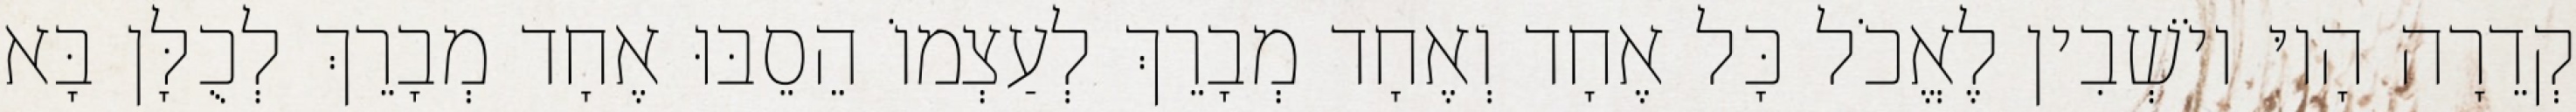
קְדֵרָה הָיוּ יוֹשְׁבִין לֶאֱכֹל כָּל אֶחָד וְאֶחָד מְבָרֵךְ לְעַצְמוֹ הֵסֵבּוּ אֶחָד מְבָרֵךְ לְכֻלָּן בָּא